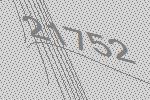
21752